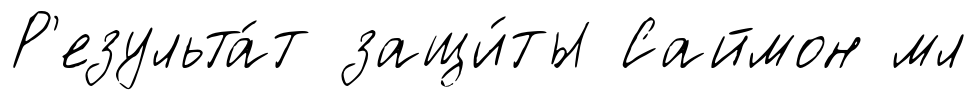
Р'езульта́т защи́ты Саймон мл